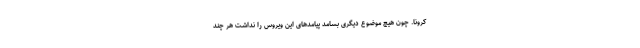
کرونا. چون هیچ موضوع دیگری بسامد پیامدهای این ویروس را نداشت هر چند